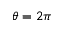
\theta = 2 \pi